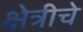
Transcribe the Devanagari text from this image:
क्षेत्रीचे